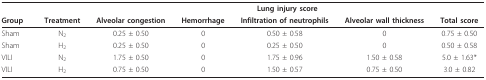
<table><thead><tr><td></td><td></td><td colspan="5"><b>Lung injury score</b></td></tr><tr><td><b>Group</b></td><td><b>Treatment</b></td><td><b>Alveolar congestion</b></td><td><b>Hemorrhage</b></td><td><b>Infiltration of neutrophils</b></td><td><b>Alveolar wall thickness</b></td><td><b>Total score</b></td></tr></thead><tbody><tr><td>Sham</td><td>N<sub>2</sub></td><td>0.25 ± 0.50</td><td>0</td><td>0.50 ± 0.58</td><td>0</td><td>0.75 ± 0.50</td></tr><tr><td>Sham</td><td>H<sub>2</sub></td><td>0.25 ± 0.50</td><td>0</td><td>0.25 ± 0.50</td><td>0</td><td>0.50 ± 0.58</td></tr><tr><td>VILI</td><td>N<sub>2</sub></td><td>1.75 ± 0.50</td><td>0</td><td>1.75 ± 0.96</td><td>1.50 ± 0.58</td><td>5.0 ± 1.63*</td></tr><tr><td>VILI</td><td>H<sub>2</sub></td><td>0.75 ± 0.50</td><td>0</td><td>1.50 ± 0.57</td><td>0.75 ± 0.50</td><td>3.0 ± 0.82</td></tr></tbody></table>